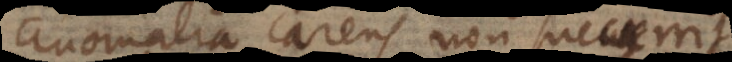
anomalia carens non succurrit.